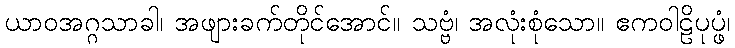
ယာဝအဂ္ဂသာခါ၊ အဖျားခက်တိုင်အောင်။ သဗ္ဗံ၊ အလုံးစုံသော။ ဧကဝါဠိပုပ္ဖံ၊